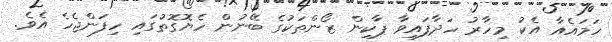
ހަމައެއާ އެކު މިހާރު ހަދާފައިވާ ޕާކިން ޒޯންތަކުގެ ބޭނުން ހެޔޮގޮތުގައި ހިފަންޖެހެ އެވެ.